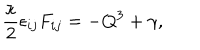
\frac { \kappa } { 2 } \epsilon _ { i j } F _ { i j } = - Q ^ { 3 } + \gamma ,